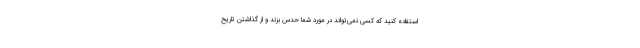
استفاده کنید که کسی نمی‌تواند در مورد شما حدس بزند و از گذاشتن تاریخ